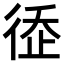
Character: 𢔗